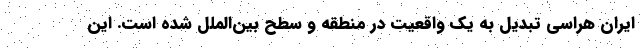
ایران هراسی تبدیل به یک واقعیت در منطقه و سطح بین‌الملل شده است. این